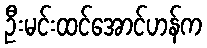
ဦးမင်းထင်အောင်ဟန်က